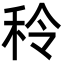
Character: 秢